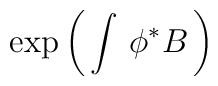
\exp\left( \, \int \, \phi^* B \, \right)